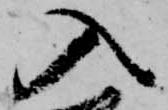
入